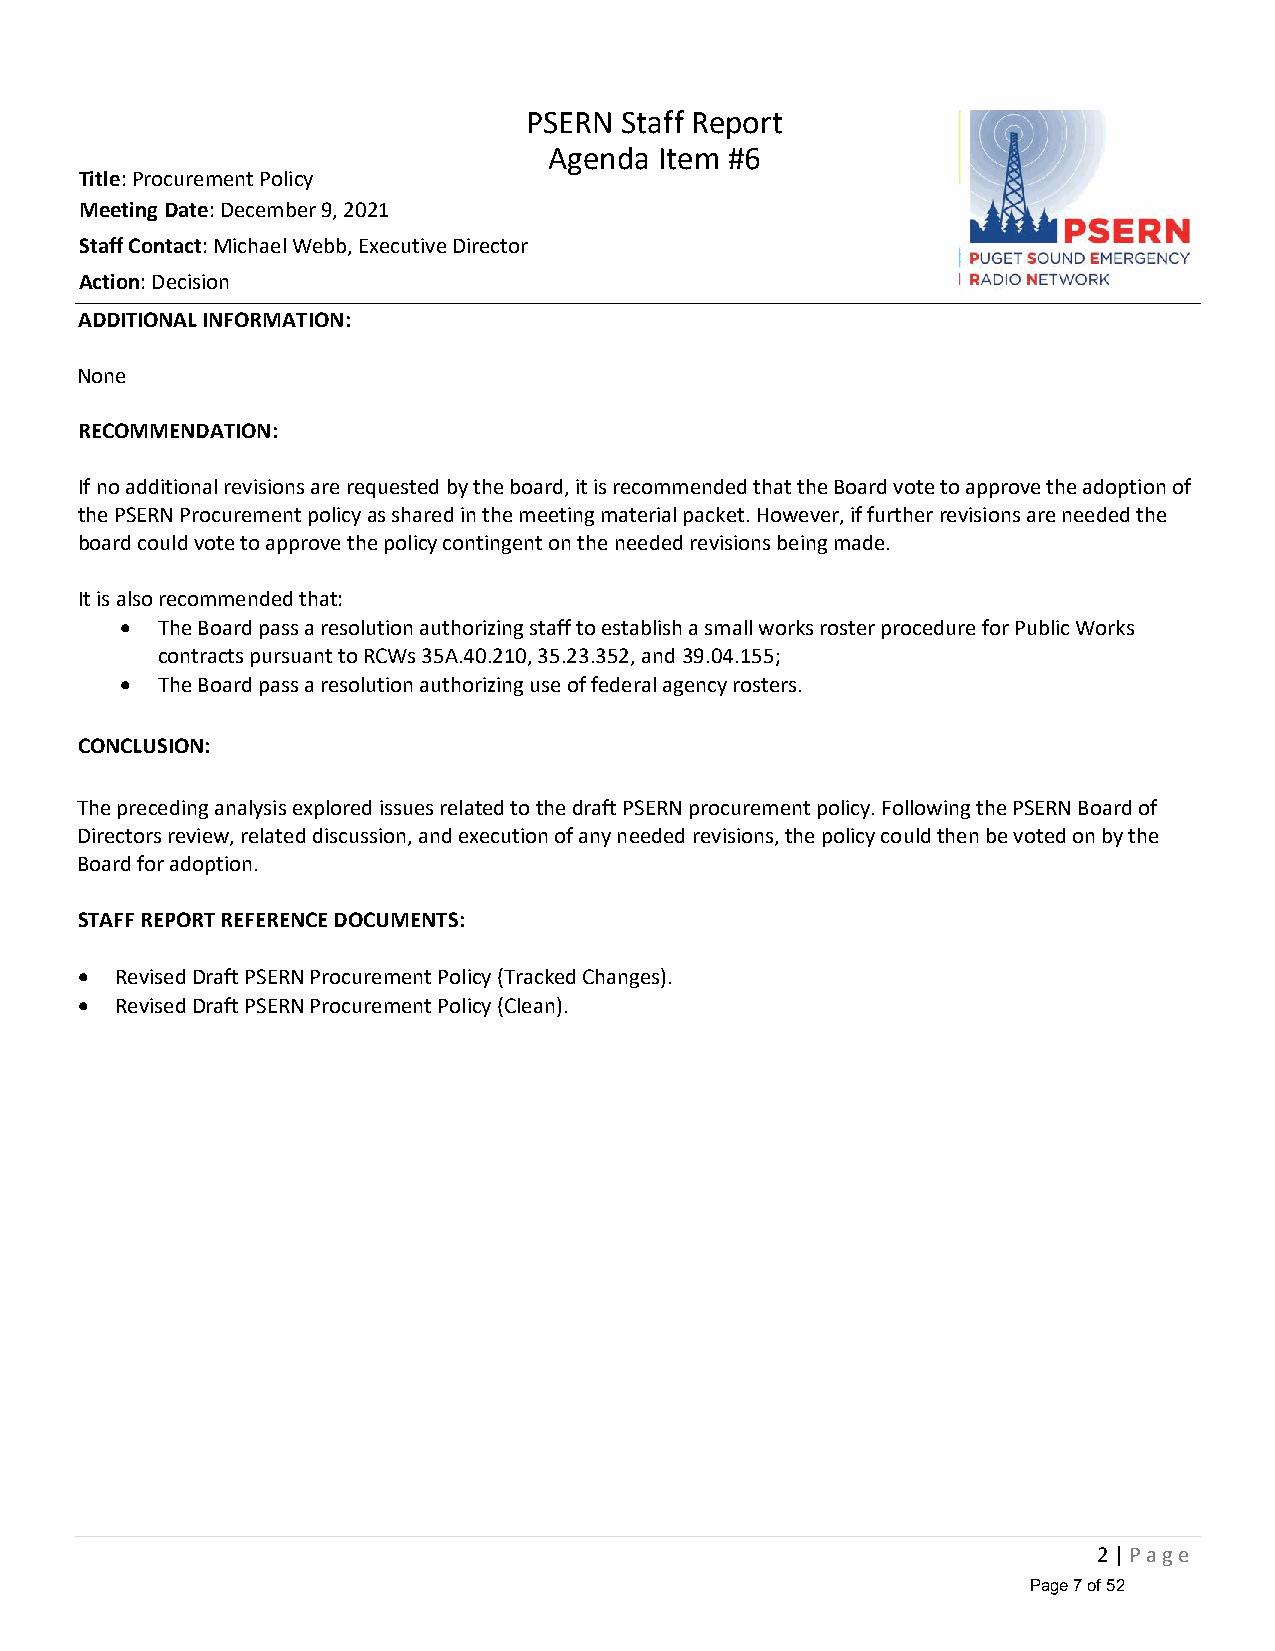
PSERN Staff Report
 Agenda  Item #6
 Title: Procurement Policy
 Meeting Date: December 9, 2021
 Staff Contact: Michael Webb, Executive Director
 Action: Decision
 ADDITIONAL INFORMATION:
 None
 RECOMMENDATION:
 If no additional revisions are requested by the board, it is recommended that the Board vote to approve the adoption of
 the PSERN Procurement policy as shared in the meeting material packet. However, if further revisions are needed the
 board could vote to approve the policy contingent on the needed revisions being made.
 It is also recommended that:
 • The Board pass a resolution authorizing staff to establish a small works roster procedure for Public Works
 contracts pursuant to RCWs 35A.40.210, 35.23.352, and 39.04.155;
 • The Board pass a resolution authorizing use of federal agency rosters.
 CONCLUSION:
 The preceding analysis explored issues related to the draft PSERN procurement policy. Following the PSERN Board of
 Directors review, related discussion, and execution of any needed revisions, the policy could then be voted on by the
 Board for adoption.
 STAFF REPORT REFERENCE DOCUMENTS:
 •  Revised Draft PSERN Procurement Policy (Tracked Changes).
 •  Revised Draft PSERN Procurement Policy (Clean).
 2 | P a g e
 Page 7 of 52